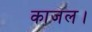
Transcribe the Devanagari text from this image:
काजल।